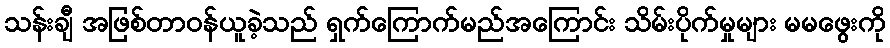
သန်းချီ အဖြစ်တာဝန်ယူခဲ့သည် ရှက်ကြောက်မည်အကြောင်း သိမ်းပိုက်မှုများ မမဖွေးကို